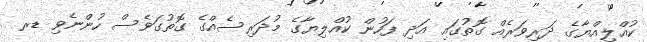
ކުއްލިއްޔާގެ ދަރިވަރެއް ގޮތުގައި އަދި ފަހުން ކުއްލިޔާގެ މުދަރިސެއްގެ ގޮތުގަވެސް ހުންނެވި ޑރ